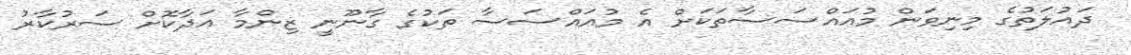
ދައުލަތުގެ މިނިވަން މުއައްސަސާތަކަށް އެ މުއައްސަސާ ތަކުގެ ގާނޫނީ ޒިންމާ އަދާކޮށް ސަރުކާރު